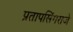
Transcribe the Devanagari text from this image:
प्रतापसिंगराजे